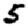
Digit: 5